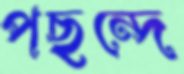
পছন্দে